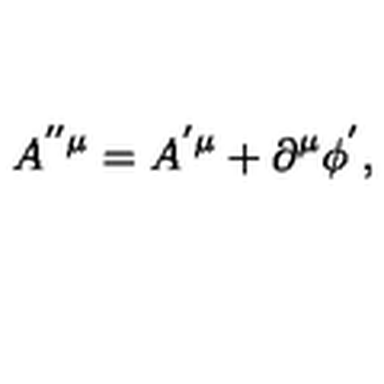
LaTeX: A ^ { ^ { \prime \prime } \mu } = A ^ { ^ { \prime } \mu } + \partial ^ { \mu } \phi ^ { ^ { \prime } } ,